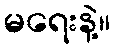
မရေးနဲ့။